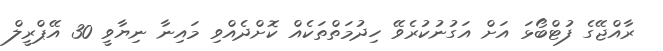
ރާއްޖޭގެ ފުޓްބޯޅަ އަށް އަގުނުކުރެވޭ ހިދުމަތްތަކެއް ކޮށްދެއްވި މައިނާ ނިޔާވީ 30 އޭޕްރީލް